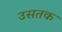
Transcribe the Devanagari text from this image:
उसतक